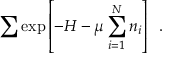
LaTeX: \sum \exp { \left[ - H - \mu \sum _ { i = 1 } ^ { N } n _ { i } \right] } \ \ .